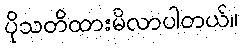
ပိုသတိထားမိလာပါတယ်။